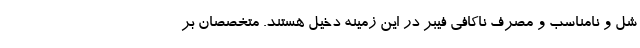
شل و نامناسب و مصرف ناکافی فیبر در این زمینه دخیل هستند. متخصصان بر